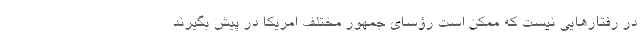
در رفتارهایی نیست که ممکن است رؤسای جمهور مختلف امریکا در پیش بگیرند